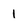
Character: I